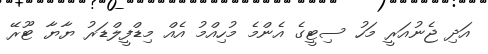
އަދި ޖެނުއަރީ މަހު ސިޓީގެ އެންމެ މުހިއްމު އެއް މިޑްފީލްޑަރު ޔާޔާ ޓޫރޭ